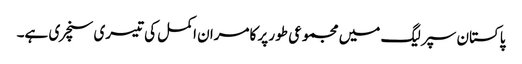
پاکستان سپر لیگ میں مجموعی طور پر کامران اکمل کی تیسری سنچری ہے۔